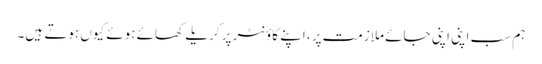
ہم سب اپنی اپنی جائے ملازمت پر، اپنے کاؤنٹر پر کریلے کھائے ہوئے کیوں ہوتے ہیں۔